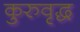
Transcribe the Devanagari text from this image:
कुरुवृद्ध